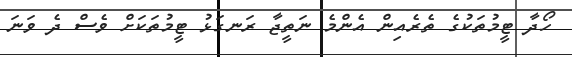
ހޯދާ ޓީމުތަކުގެ ތެރެއިން އެންމެ ނަތީޖާ ރަނގަޅު ޓީމުތަކަށް ވެސް ދެ ވަނަ